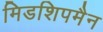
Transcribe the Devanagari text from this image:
मिडशिपमैन